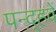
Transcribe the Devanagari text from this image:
पन्द़्हवें